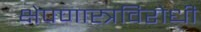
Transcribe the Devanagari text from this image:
क्षेपणास्त्रविरोधी